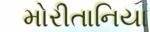
મોરીતાનિયા